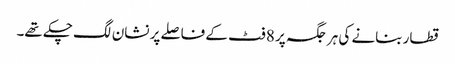
قطار بنانے کی ہر جگہ پر 8 فٹ کے فاصلے پر نشان لگ چکے تھے۔